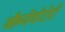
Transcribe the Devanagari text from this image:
ऑब्ज़ॅर्वाटोरी